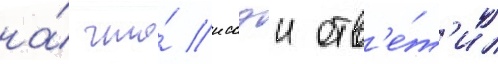
на́ что́ иссэи отв'е́т'ил